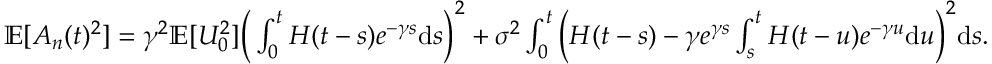
\begin{array} { r } { \mathbb { E } [ A _ { n } ( t ) ^ { 2 } ] = \gamma ^ { 2 } \mathbb { E } [ U _ { 0 } ^ { 2 } ] \Big ( \int _ { 0 } ^ { t } H ( t - s ) e ^ { - \gamma s } \mathrm { d } s \Big ) ^ { 2 } + \sigma ^ { 2 } \int _ { 0 } ^ { t } \Big ( H ( t - s ) - \gamma e ^ { \gamma s } \int _ { s } ^ { t } H ( t - u ) e ^ { - \gamma u } \mathrm { d } u \Big ) ^ { 2 } \mathrm { d } s . } \end{array}